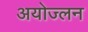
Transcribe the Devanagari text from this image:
अयोज्लन